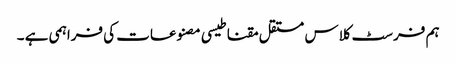
ہم فرسٹ کلاس مستقل مقناطیسی مصنوعات کی فراہمی ہے ۔